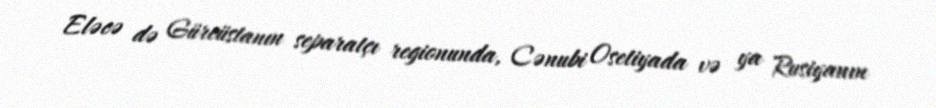
Eləcə də Gürcüstanın separatçı regionunda, Cənubi Osetiyada və ya Rusiyanın